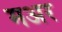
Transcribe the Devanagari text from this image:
मअर